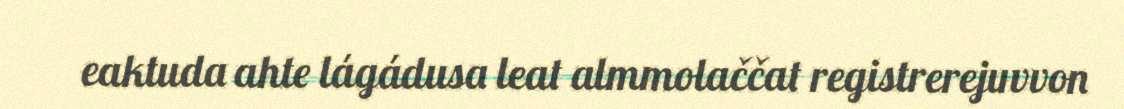
eaktuda ahte lágádusa leat almmolaččat registrerejuvvon